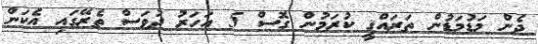
ދެން މަޑުމަޑުން ތަރައްޤީ ކުރަމުން ގޮސް 5 އަހަރު ދުވަސް ތެރޭގައި އެކަން